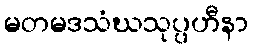
မတမဒသံဃသုပ္ပဟီနာ